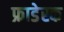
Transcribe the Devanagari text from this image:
फ्राडेस्क